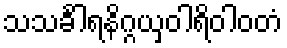
သသင်္ခါရနိဂ္ဂယှဝါရိဝါဝတံ